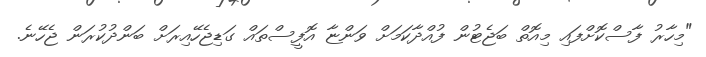
"މިހާރު ފާސްކޮށްފައި މިއޮތް ބަޖެޓުން ފުއްދާކަމަށް ވަންޏާ އޮފީސްތައް ގަޑިޖެހޭއިރަށް ބަންދުކުރަން ޖެހޭނެ.